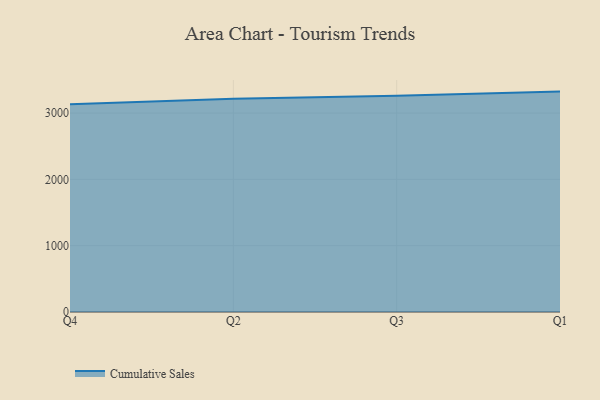
{"axis": {"x": "Quarter", "y": "Active Users"}, "legend": ["Cumulative Sales"], "data": [{"x": "Q4", "y": 3133.7, "type": "Cumulative Sales"}, {"x": "Q2", "y": 3214.1, "type": "Cumulative Sales"}, {"x": "Q3", "y": 3262.1, "type": "Cumulative Sales"}, {"x": "Q1", "y": 3323.1, "type": "Cumulative Sales"}]}